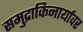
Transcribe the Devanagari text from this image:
समुद्राकिनार्यावर